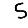
Digit: 5